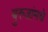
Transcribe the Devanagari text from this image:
बुरुजांमधे